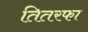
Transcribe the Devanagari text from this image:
तितरफा